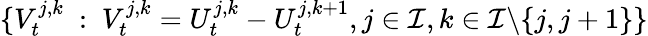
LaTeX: \{ V_{t}^{j,k}~:~V_{t}^{j,k}=U_{t}^{j,k}-U_{t}^{j,k+1},j\in\mathcal I,k\in\mathcal I\backslash\{ j,j+1\} \}